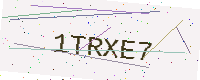
Text: 1TRXE7